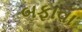
બફાવા